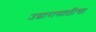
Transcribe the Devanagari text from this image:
उद्धारासाठीचा